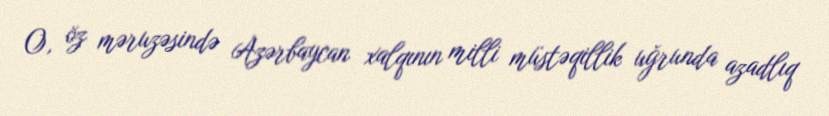
O, öz məruzəsində Azərbaycan xalqının milli müstəqillik uğrunda azadlıq